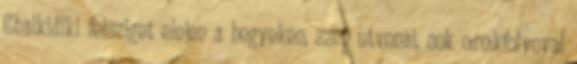
Chalkidiki felsziget elejen a hegyeken, szep utvonal, sok o:ro:kfolyoval